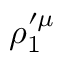
\rho _ { 1 } ^ { \prime \mu }